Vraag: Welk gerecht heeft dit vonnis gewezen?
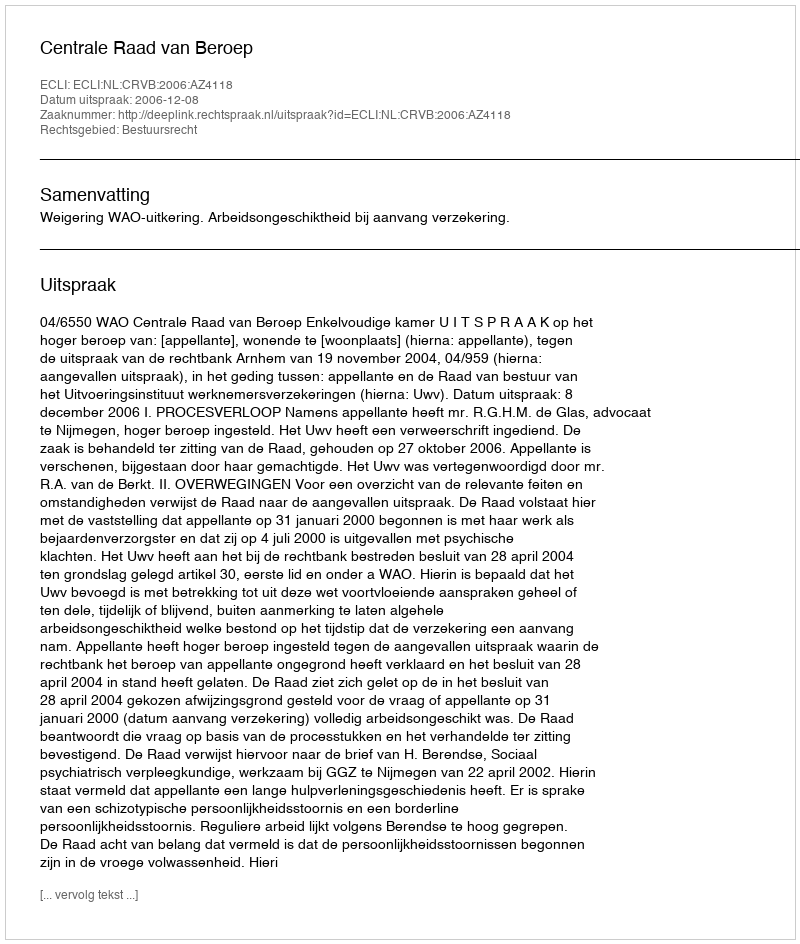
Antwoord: Centrale Raad van Beroep